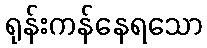
ရုန်းကန်နေရသော